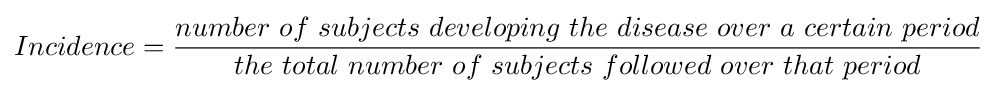
Incidence={\frac {number\ of\ subjects\ developing\ the\ disease\ over\ a\ certain\ period}{the\ total\ number\ of\ subjects\ followed\ over\ that\ period}}